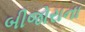
બીજોરાના